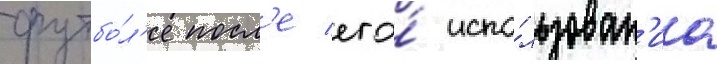
футбо́л'е посл'е его́ испо́льзован'иа